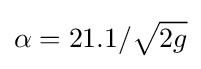
\alpha =21.1/{\sqrt {2g}}